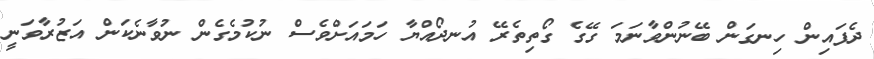
ދެފައިން ހިނގަން ބޭނުންވާނަމަ ގޭގެ ގޯތިތެރޭ އުނދޯއްޔާ ހަމައަށްވެސް ނުކުމެގެން ނުވާނެކަން އަޒުރާވަނީ